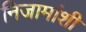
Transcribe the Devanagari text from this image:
निजामांशी